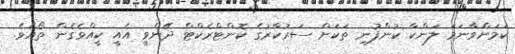
ކަމަށްވާނަމަ ލަންކާ ކުުންފުނި ތަކަށް ސަރުކާރުގެ ކޮންޓްރެކްޓް ދޭންވީ އެއީ ކީއްވެގެން ތޯއެވެ.